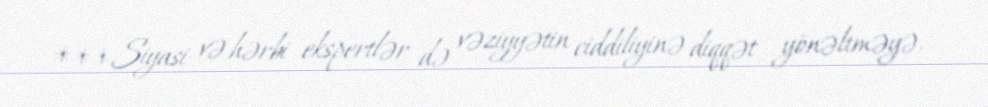
***Siyasi və hərbi ekspertlər də vəziyyətin ciddiliyinə diqqət yönəltməyə,